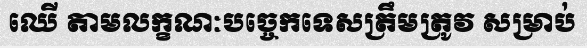
ឈើ តាមលក្ខណៈបច្ចេកទេសត្រឹមត្រូវ សម្រាប់